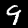
Label: 9